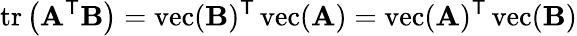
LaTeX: \operatorname{tr}\left(\mathbf{A}^{\mathsf{T}}\mathbf{B}\right)=\operatorname{vec}(\mathbf{B})^{\mathsf{T}}\operatorname{vec}(\mathbf{A})=\operatorname{vec}(\mathbf{A})^{\mathsf{T}}\operatorname{vec}(\mathbf{B})